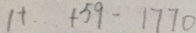
1 + \cdots + 5 9 - 1 7 7 0